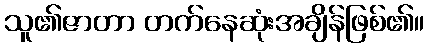
သူ၏ဇာတာ တက်နေဆုံးအချိန်ဖြစ်၏။